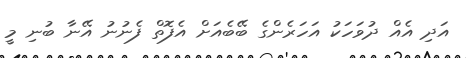
އަދި އެއް ދުވަހަކު އަހަރެންގެ ބޭބެއަށް އެފޮތް ފެނުނު އޭނާ ބުނި މީ